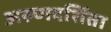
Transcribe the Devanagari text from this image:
अरुणदर्शिता